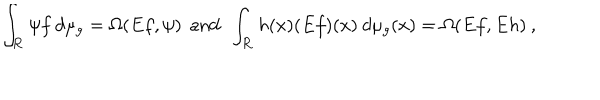
LaTeX: \int _ { \bf R } \psi f \: d \mu _ { g } = \Omega ( E f , \psi ) \: \: \mathrm { a n d } \: \: \int _ { \bf R } h ( x ) ( E f ) ( x ) \: d \mu _ { g } ( x ) = \Omega ( E f , E h ) \: ,